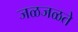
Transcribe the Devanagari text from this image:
जळजळते